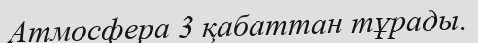
Атмосфера 3 қабаттан тұрады.